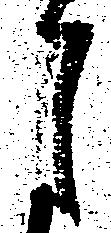
月